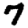
Digit: 7